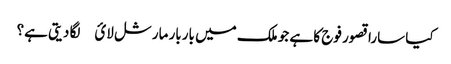
کیا سارا قصور فوج کا ہے جو ملک میں باربار مارشل لائ￿ لگا دیتی ہے؟